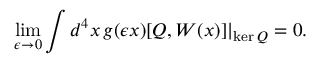
\operatorname * { l i m } _ { \epsilon \to 0 } \int d ^ { 4 } x \, g ( \epsilon x ) [ Q , W ( x ) ] \vert _ { \mathrm { k e r } \, Q } = 0 .